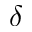
\delta